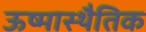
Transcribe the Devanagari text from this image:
ऊष्मास्थैतिक